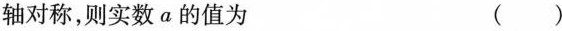
轴对称，则实数a的值为 ( )